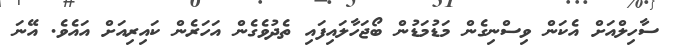
ސާހިލްއަށް އެކަން ވިސްނިގެން މަޑުމަޑުން ބޯޖަހާލައިފައި ތެދުވެގެން އަހަރެން ކައިރިއަށް އައެވެ. އޭނަ